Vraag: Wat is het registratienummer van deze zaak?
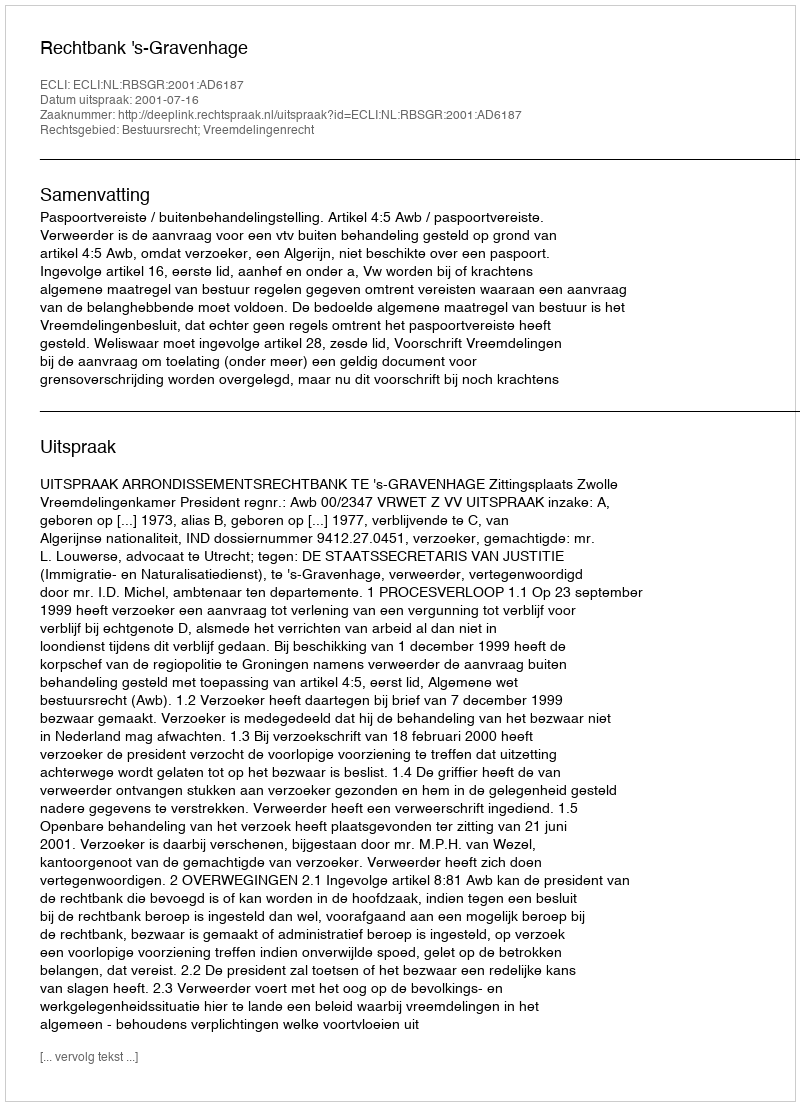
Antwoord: http://deeplink.rechtspraak.nl/uitspraak?id=ECLI:NL:RBSGR:2001:AD6187